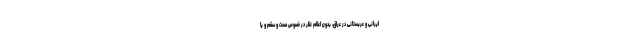
ایرانی و عربستانی در عراق، بدون اعلام نظر در خصوص صحت و سقم و یا